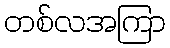
တစ်လအကြာ